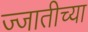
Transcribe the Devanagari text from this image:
ज्जातीच्या